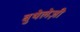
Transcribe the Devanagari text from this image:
बुथेलेज़ी